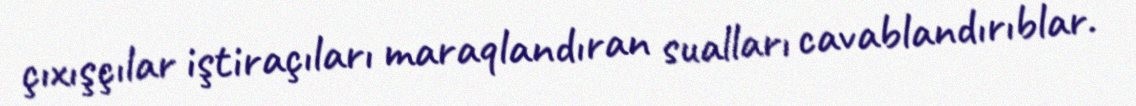
çıxışçılar iştiraçıları maraqlandıran sualları cavablandırıblar.